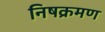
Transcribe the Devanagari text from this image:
निषक्रमण